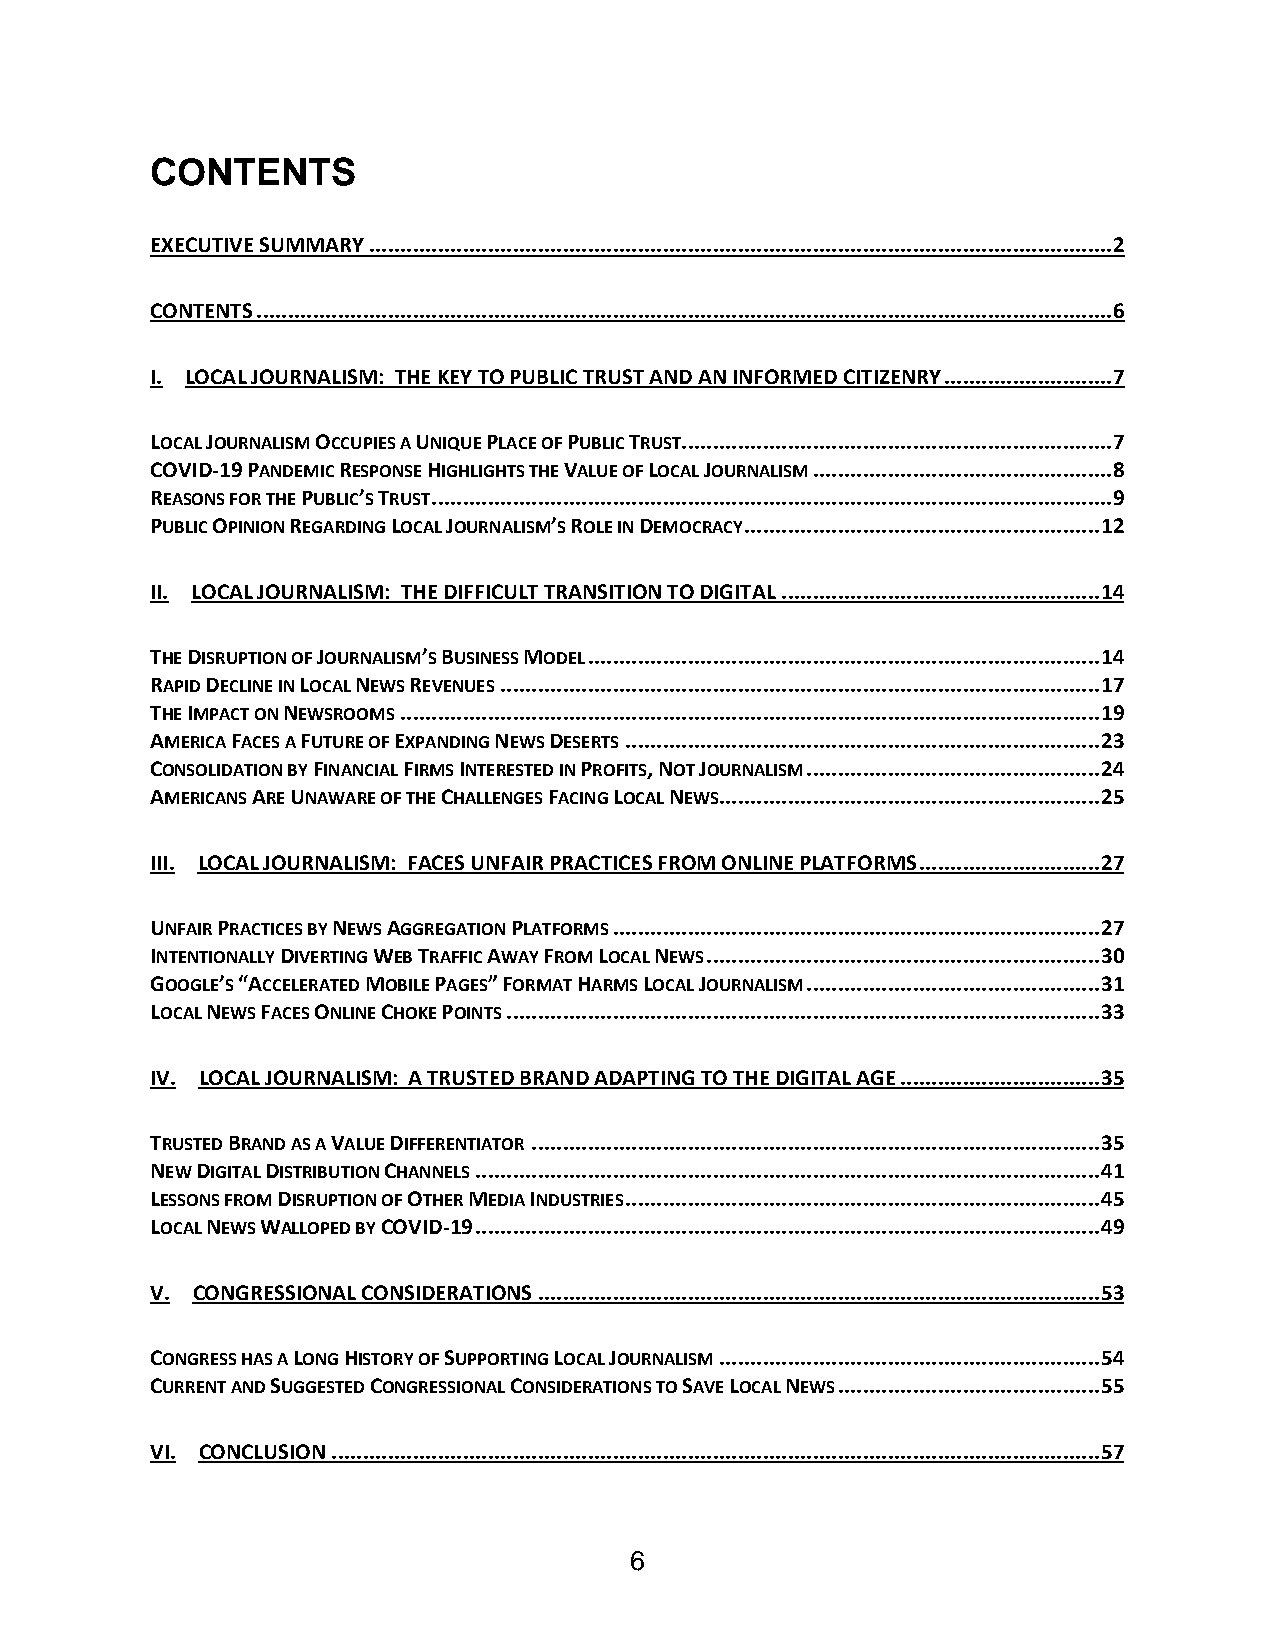
CONTENTS
 EXECUTIVE SUMMARY .......................................................................................................................2
 CONTENTS .........................................................................................................................................6
 I. LOCAL JOURNALISM: THE KEY TO PUBLIC TRUST AND AN INFORMED CITIZENRY ...........................7
 LOCAL JOURNALISM OCCUPIES A UNIQUE PLACE OF PUBLIC TRUST .....................................................................7
 COVID-19 PANDEMIC RESPONSE HIGHLIGHTS THE VALUE OF LOCAL JOURNALISM ................................................8
 REASONS FOR THE PUBLIC’S TRUST .............................................................................................................9
 PUBLIC OPINION REGARDING LOCAL JOURNALISM’S ROLE IN DEMOCRACY ......................................................... 12
 II. LOCAL JOURNALISM: THE DIFFICULT TRANSITION TO DIGITAL ................................................... 14
 THE DISRUPTION OF JOURNALISM’S BUSINESS MODEL .................................................................................. 14
 RAPID DECLINE IN LOCAL NEWS REVENUES ................................................................................................ 17
 THE IMPACT ON NEWSROOMS ................................................................................................................ 19
 AMERICA FACES A FUTURE OF EXPANDING NEWS DESERTS ............................................................................ 23
 CONSOLIDATION BY FINANCIAL FIRMS INTERESTED IN PROFITS, NOT JOURNALISM ............................................... 24
 AMERICANS ARE UNAWARE OF THE CHALLENGES FACING LOCAL NEWS ............................................................. 25
 III. LOCAL JOURNALISM: FACES UNFAIR PRACTICES FROM ONLINE PLATFORMS ............................. 27
 UNFAIR PRACTICES BY NEWS AGGREGATION PLATFORMS .............................................................................. 27
 INTENTIONALLY DIVERTING WEB TRAFFIC AWAY FROM LOCAL NEWS ............................................................... 30
 GOOGLE’S “ACCELERATED MOBILE PAGES” FORMAT HARMS LOCAL JOURNALISM ............................................... 31
 LOCAL NEWS FACES ONLINE CHOKE POINTS ............................................................................................... 33
 IV. LOCAL JOURNALISM: A TRUSTED BRAND ADAPTING TO THE DIGITAL AGE ................................ 35
 TRUSTED BRAND AS A VALUE DIFFERENTIATOR ........................................................................................... 35
 NEW DIGITAL DISTRIBUTION CHANNELS .................................................................................................... 41
 LESSONS FROM DISRUPTION OF OTHER MEDIA INDUSTRIES ............................................................................ 45
 LOCAL NEWS WALLOPED BY COVID-19 .................................................................................................... 49
 V. CONGRESSIONAL CONSIDERATIONS .......................................................................................... 53
 CONGRESS HAS A LONG HISTORY OF SUPPORTING LOCAL JOURNALISM ............................................................. 54
 CURRENT AND SUGGESTED CONGRESSIONAL CONSIDERATIONS TO SAVE LOCAL NEWS .......................................... 55
 VI. CONCLUSION ........................................................................................................................... 57
 6